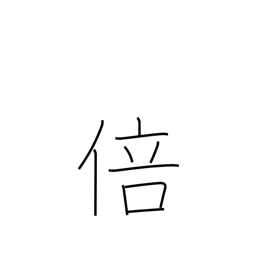
Meaning: fold